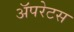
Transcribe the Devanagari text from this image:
अॅपरेटस